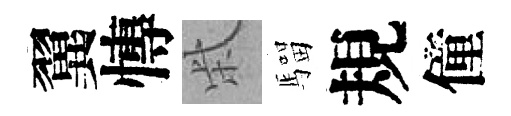
翼慱柴騮規僮